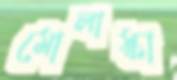
মোলাস্কা